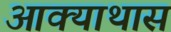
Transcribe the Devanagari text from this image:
आक्याथास